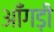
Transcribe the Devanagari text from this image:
आँगड़ी